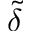
\tilde { \delta }